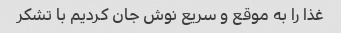
غذا را به موقع و سریع نوش جان کردیم با تشکر